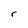
Character: r